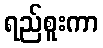
ရည်စူးကာ